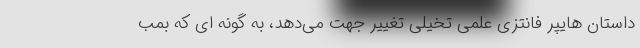
داستان هایپر فانتزی علمی تخیلی تغییر جهت می‌دهد، به گونه ای که بمب